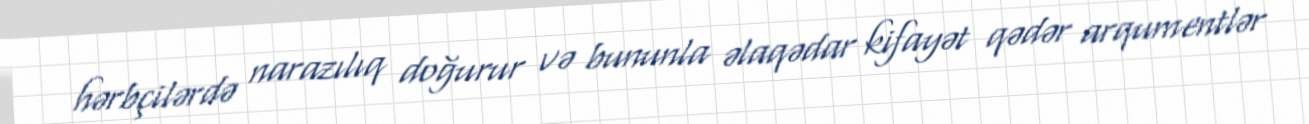
hərbçilərdə narazılıq doğurur və bununla əlaqədar kifayət qədər arqumentlər